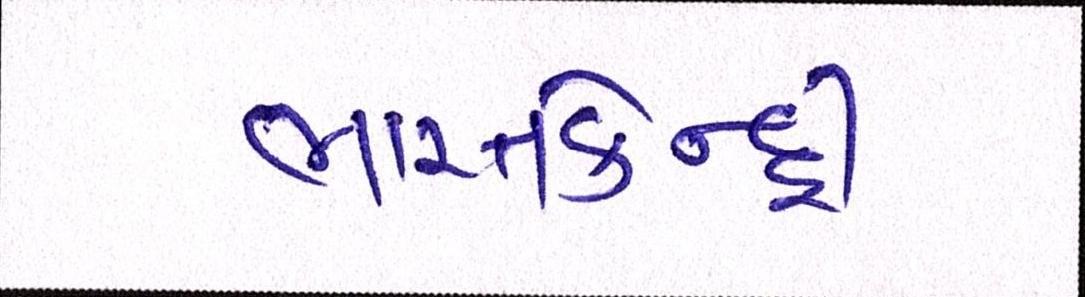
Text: ભારતકેન્દ્રી